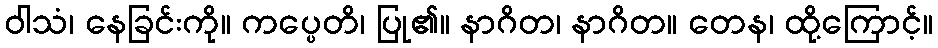
ဝါသံ၊ နေခြင်းကို။ ကပ္ပေတိ၊ ပြု၏။ နာဂိတ၊ နာဂိတ။ တေန၊ ထို့ကြောင့်။